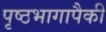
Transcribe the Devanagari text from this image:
पृष्ठभागापैकी